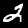
Digit: 2